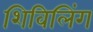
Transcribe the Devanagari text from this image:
शिविलिंग